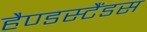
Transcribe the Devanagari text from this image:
हैण्डस्टैंडस